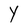
Character: Y